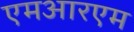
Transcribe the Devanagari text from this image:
एमआरएम